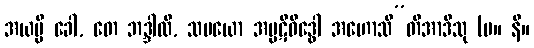
အယမ္ပိ ခေါ, တေ ဘဒ္ဒါလိ, သမယော အပ္ပဋိဝိဒ္ဓေါ အဟောသီ”တိအာဒီသု (မ။ နိ။